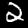
Digit: 2